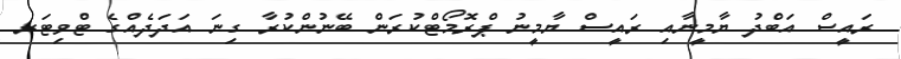
ރައީސް އަބްދު ޔާމީނާއި ރައީސް ޔާމީނު ޕްރޮމޯޓްކުރަން ބޭނުންކުރާ ގިނަ އަދަދެއްގެ ޓްވިޓަރ